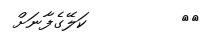
٦٨         ކަލޭގެފާނަށް